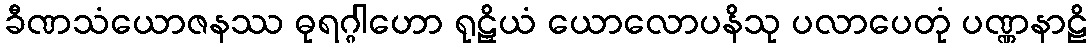
ခီဏသံယောဇနဿ ဓုရဂ္ဂါဟော ရုဠှိယံ ယောလောပနိသု ပလာပေတုံ ပဏ္ဏနာဠိ